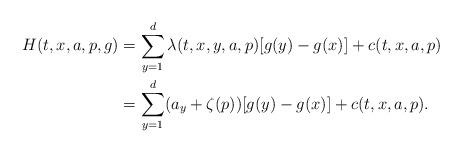
LaTeX: \begin{align*}H(t,x,a,p,g) &= \sum_{y=1}^d \lambda(t,x,y,a,p) [g(y)- g(x)] + c(t,x,a,p) \\&= \sum_{y=1}^d (a_y + \zeta(p))[g(y)- g(x)] + c(t,x,a,p).\end{align*}